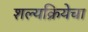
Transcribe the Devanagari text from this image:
शल्यक्रियेचा